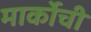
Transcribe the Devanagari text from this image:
मार्कोची